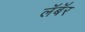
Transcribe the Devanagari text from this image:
लॅबॅर